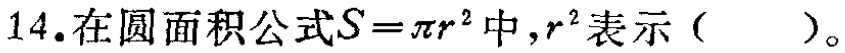
14.在圆面积公式\(S = \pi r^{2}\)中，\(r^{2}\)表示（  ）。